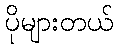
ပိုများတယ်